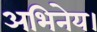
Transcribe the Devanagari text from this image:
अभिनेय।